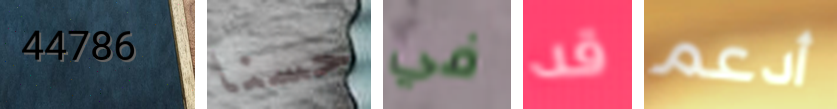
44786 حسنا في قد أدعم